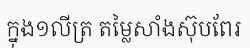
ក្នុង១លីត្រ តម្លៃសាំងស៊ុបពែរ